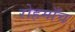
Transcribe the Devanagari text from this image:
रोहमाँच